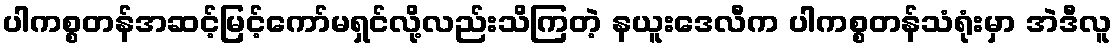
ပါကစ္စတန်အဆင့်မြင့်ကော်မရှင်လို့လည်းသိကြတဲ့ နယူးဒေလီက ပါကစ္စတန်သံရုံးမှာ အဲဒီလူ